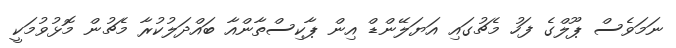
ނަމަވެސް ޕޫލްގެ ފަހު މެޗުގައި އަޔަލޭންޑް އިން ޕާކިސްތާންއާ ބައްދަލުކުރާ މެޗުން މޮޅުވުމަކީ